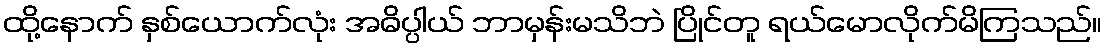
ထို့နောက် နှစ်ယောက်လုံး အဓိပ္ပါယ် ဘာမှန်းမသိဘဲ ပြိုင်တူ ရယ်မောလိုက်မိကြသည်။